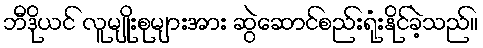
ဘီဒိုယင် လူမျိုးစုများအား ဆွဲဆောင်စည်းရုံးနိုင်ခဲ့သည်။